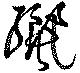
纚